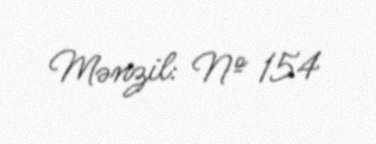
Mənzil: № 154